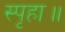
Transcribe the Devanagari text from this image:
स्पृहा॥